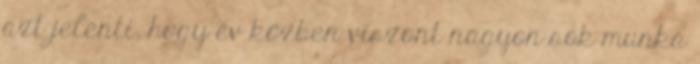
azt jelenti, hogy év közben viszont nagyon sok munka